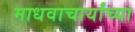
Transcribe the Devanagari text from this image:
माधवाचार्यांच्या